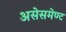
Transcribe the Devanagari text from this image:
असेसमेण्ट